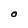
Character: O